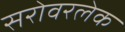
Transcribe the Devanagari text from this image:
सरोवरलेक